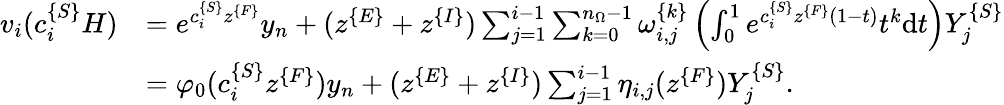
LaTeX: \begin{array}{rl}{v_{i}(c_{i}^{\{ S\} }H)}&{=e^{c_{i}^{\{ S\} }z^{\{ F\} }}y_{n}+(z^{\{ E\} }+z^{\{ I\} })\sum_{j=1}^{i-1}\sum_{k=0}^{n_{\Omega}-1}\omega_{i,j}^{\{ k\} }\left(\int_{0}^{1}e^{c_{i}^{\{ S\} }z^{\{ F\} }(1-t)}t^{k}\mathrm dt\right)Y_{j}^{\{ S\} }}\\ &{=\varphi_{0}(c_{i}^{\{ S\} }z^{\{ F\} })y_{n}+(z^{\{ E\} }+z^{\{ I\} })\sum_{j=1}^{i-1}\eta_{i,j}(z^{\{ F\} })Y_{j}^{\{ S\} }.}\end{array}